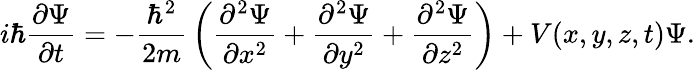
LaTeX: i\hbar{\frac{\partial\Psi}{\partial t}}=-{\frac{\hbar^{2}}{2m}}\left({\frac{\partial^{2}\Psi}{\partial x^{2}}}+{\frac{\partial^{2}\Psi}{\partial y^{2}}}+{\frac{\partial^{2}\Psi}{\partial z^{2}}}\right)+V(x,y,z,t)\Psi.\,